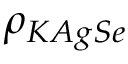
\rho _ { K A g S e }